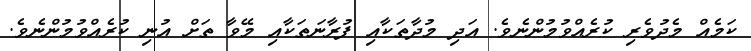
ކަމެއް މެދުވެރި ކުރެއްވުމުންނެވެ. އަދި މުދާތަކާއި ފުރާނަތަކާއި މޭވާ ތަށް އުނި ކުރެއްވުމުންނެވެ.